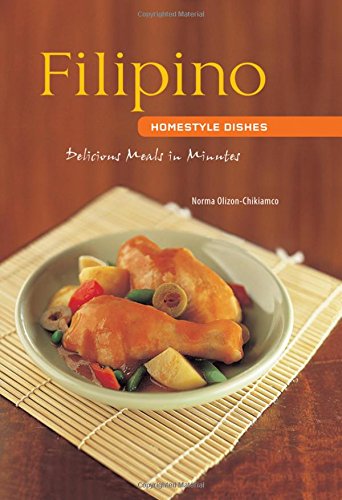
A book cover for Filipino Homestyle Dishes: Delicious Meals in Minutes; Norma Olizon-Chikiamco; Cookbooks, Food & Wine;